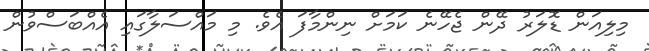
މިލިއަން ޑޮލަރު ދޭން ޖެހޭނެ ކަމަށް ނިންމާފަ އެވެ. މި މައްސަލާގައި އެއްބަސްވުން